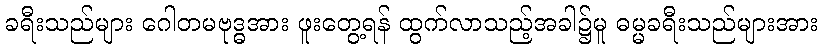
ခရီးသည်များ ဂေါတမဗုဒ္ဓအား ဖူးတွေ့ရန် ထွက်လာသည့်အခါ၌မူ ဓမ္မခရီးသည်များအား